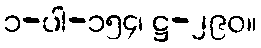
၁-ပါ-၁၅၄၊ ဋ္ဌ-၂၉၀။